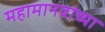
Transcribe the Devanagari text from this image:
महामानवांच्या